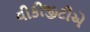
વીકીજીટીએ